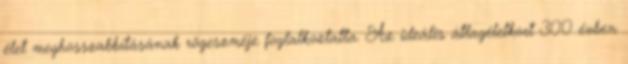
élet meghosszabbításának rögeszméje foglalkoztatta. Az ideális átlagéletkort 300 évben